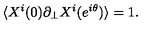
\langle X ^ { i } ( 0 ) \partial _ { \perp } X ^ { i } ( e ^ { i \theta } ) \rangle = 1 .